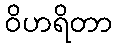
ဝိဟရိတာ